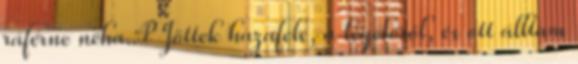
ráférne néha.:P Jöttek hazafelé, a legelőről, és ott álltam